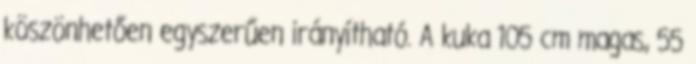
köszönhetően egyszerűen irányítható. A kuka 105 cm magas, 55